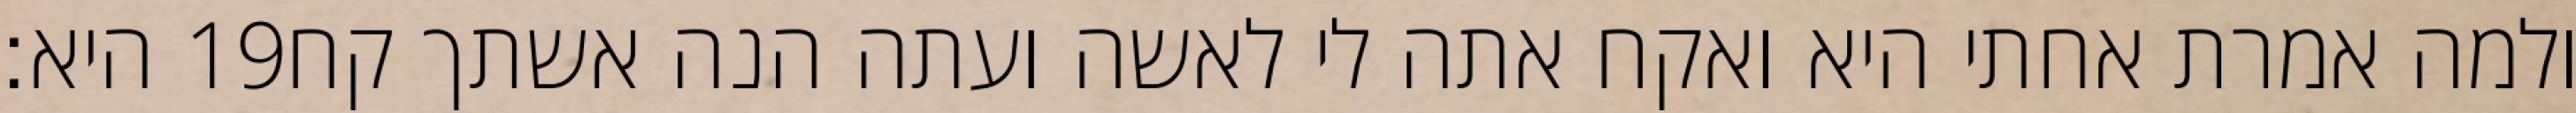
היא׃ ‎19‏ ולמה אמרת אחתי היא ואקח אתה לי לאשה ועתה הנה אשתך קח